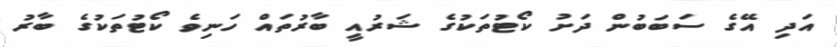
އަދި އޭގެ ސަބަބުން ދަށު ކޯޓުތަކުގެ ޝަރުއީ ބާރުތައް ހަނިވެ ކޯޓުތަކުގެ ބާރު